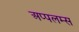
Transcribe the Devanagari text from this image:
अप्पलम्स